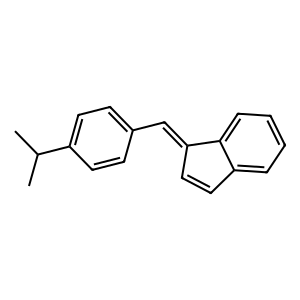
SMILES: CC(C)c1ccc(C=C2C=Cc3ccccc32)cc1
Inhibits HIV replication: No